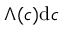
\Lambda ( c ) \mathrm { d } c